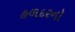
હળદરનો